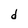
Character: d